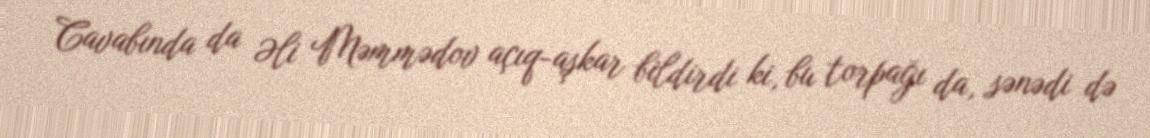
Cavabında da Əli Məmmədov açıq-aşkar bildirdi ki, bu torpağı da, sənədi də